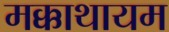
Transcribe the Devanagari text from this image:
मक्काथायम